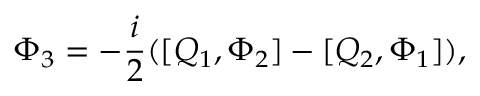
\Phi _ { 3 } = - \frac { i } { 2 } ( [ Q _ { 1 } , \Phi _ { 2 } ] - [ Q _ { 2 } , \Phi _ { 1 } ] ) ,